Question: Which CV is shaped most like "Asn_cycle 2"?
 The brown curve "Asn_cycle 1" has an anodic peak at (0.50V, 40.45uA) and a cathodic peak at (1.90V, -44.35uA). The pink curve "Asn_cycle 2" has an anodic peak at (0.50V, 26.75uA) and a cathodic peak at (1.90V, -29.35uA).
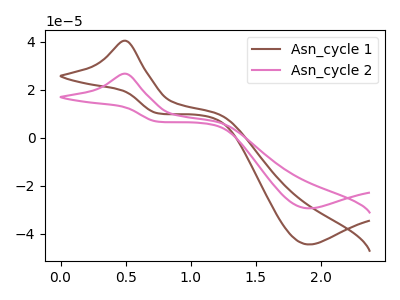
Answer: <think>All the peaks in "Asn_cycle 1" have a peak in "Asn_cycle 2" at the same potential. Every peak in "Asn_cycle 1" is higher than every peak in "Asn_cycle 2".
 </think>
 <answer>The CV with the most similar shape to "Asn_cycle 1" is "Asn_cycle 2".</answer>
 <eval>"Asn_cycle 2"</eval>